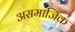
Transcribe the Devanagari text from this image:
असमाजिक